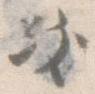
き